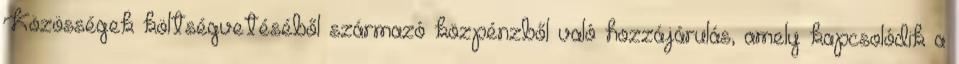
Közösségek költségvetéséből származó közpénzből való hozzájárulás, amely kapcsolódik a